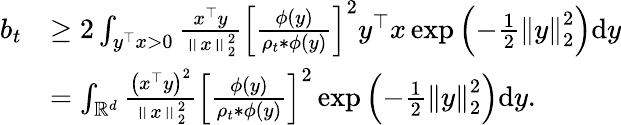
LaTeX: \begin{array}{rl}{b_{t}}&{\geq 2\int_{y^{\top}x>0}\frac{x^{\top}y}{\left\Vert x\right\Vert_{2}^{2}}\left[\frac{\phi\left(y\right)}{\rho_{t}*\phi\left(y\right)}\right]^{2}y^{\top}x\exp\left(-\frac{1}{2}\left\Vert y\right\Vert_{2}^{2}\right)\mathrm{d}y}\\ &{=\int_{\mathbb{R}^{d}}\frac{\left(x^{\top}y\right)^{2}}{\left\Vert x\right\Vert_{2}^{2}}\left[\frac{\phi\left(y\right)}{\rho_{t}*\phi\left(y\right)}\right]^{2}\exp\left(-\frac{1}{2}\left\Vert y\right\Vert_{2}^{2}\right)\mathrm{d}y.}\end{array}